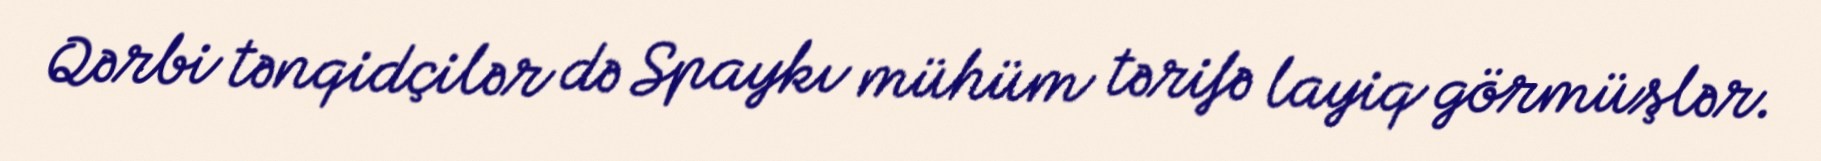
Qərbi tənqidçilər də Spaykı mühüm tərifə layiq görmüşlər.